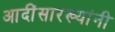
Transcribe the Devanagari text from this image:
आदींसारख्यांनी